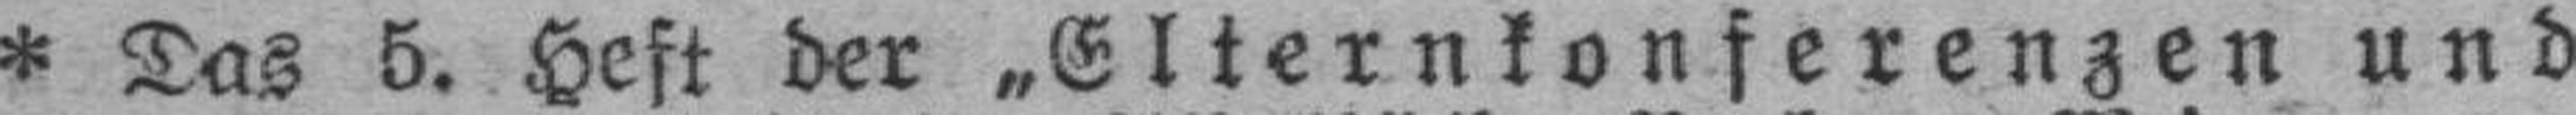
* Das 5. Heft der „Elternkonferenzen und